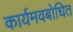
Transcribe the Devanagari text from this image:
कार्यमवबोधित